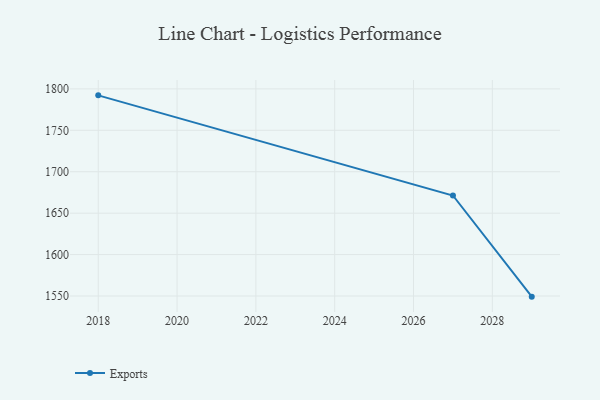
{"axis": {"x": "Year", "y": "Conversion Rate (%)"}, "legend": ["Exports"], "data": [{"x": "2029", "y": 1549.2, "type": "Exports"}, {"x": "2027", "y": 1671.3, "type": "Exports"}, {"x": "2018", "y": 1792.2, "type": "Exports"}]}